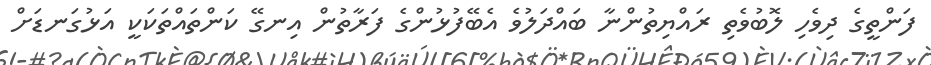
ފަންތީގެ ދިވެހި ލޮބުވެތި ރައްޔިތުންނާ ބައްދަލުވެ އެބޭފުޅުންގެ ފަރާތުން އިނގޭ ކަންތައްތަކަކީ އަޅުގަނޑަށް